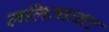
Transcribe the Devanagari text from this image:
ललिताघाट